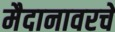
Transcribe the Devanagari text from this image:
मैदानावरचे